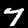
Digit: 7